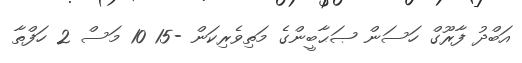
އަބްދު ފާރޫގް ހަސަން ޞަޙާބީންގެ މަތިވެރިކަން -15 10 މަސް 2 ހަފްތާ